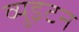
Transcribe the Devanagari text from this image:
व्युइटन